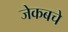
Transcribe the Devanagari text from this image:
जेकबचे